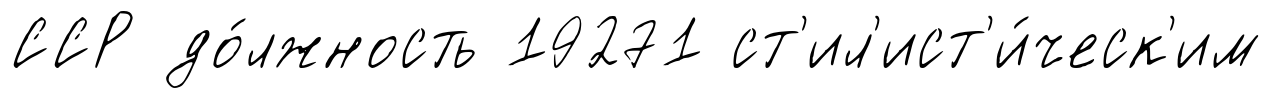
ССР до́лжность 19271 ст'ил'ист'и́ческ'им